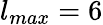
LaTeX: l_{max}=6